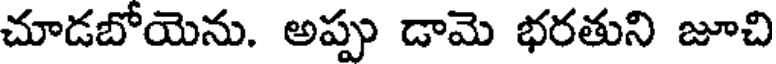
చూడబోయెను. అప్పు డామె భరతుని జూచి